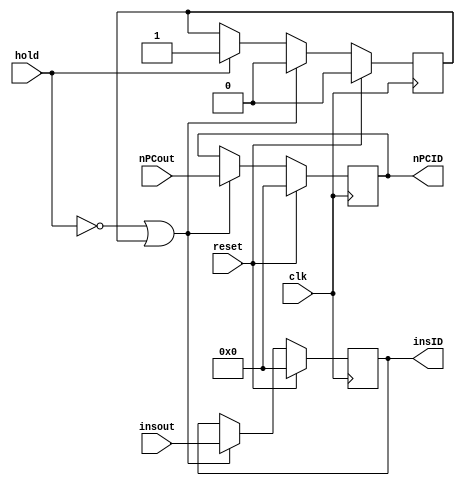
`timescale 1ns / 1ps
module IFID(insID,nPCID,nPCout,insout,clk,hold,reset);
	input[31:0] nPCout;
	input[31:0] insout;
	input clk;
	input reset;
	input hold;
	output reg[31:0] insID;
	output reg[31:0] nPCID;
	reg flag;
	initial begin
		insID=32'b0;
		nPCID=32'b0;
		flag=1'b0;
	end
	always @(posedge clk) begin
		if (reset) begin
			nPCID<=32'b0;
			insID<=32'b0;
			flag<=1'b0;
		end
		else if ((!hold) || (flag==1'b1)) begin
			nPCID<=nPCout;
			insID<=insout;
			flag<=1'b0;
		end
		else if (hold) begin
			flag<=1'b1;
		end
	end
endmodule